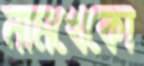
নামখেকো